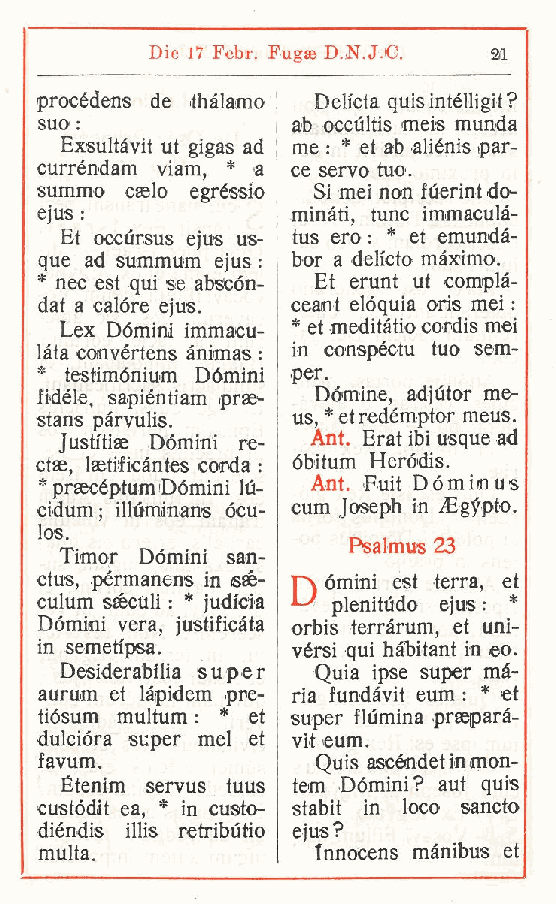
Die 17 Febr. Fugae D.N. J.C. ai
 procédens de ithàLamo Dell'età quisintélligit?
 suo :           ab occùltis meis munda
 Exsultàvit ut gigas ad me : * et ab aliénis par-
 curréndam viam * a ce servo tuo.
 ,
 summo cselo egréssio Si mei non fùerint do-
 ejus :          minati, tunc immaculà-
 Et occursus ejus us- tus ero : * et emundà-
 que ad summum ejus : bor a deh'eto màxime.
 * nec est qui se abscón- Et erunt ut complà-
 dat a calóre ejus. ceant elòquia oris mei :
 Lex Dòmini immacu- * et meditàtio cordis mei
 làta convértens ànimas : in conspéctu tuo sem-
 * testimónium Dòmini per.
 fidéle sapiéntiam iprae- Dòmine, adjùtor me-
 stans , pàrvulis. us, * et redémptor meus.
 Justitiae Domini re- Ant. Erat ibi usque ad
 ctae, laetificàntes corda : òbitum Heródis.
 * praecéptum Dòmini lii- Ant. Fuit Dóminus
 cidum; illùminans ócu- cum Joseph in Egypto.
 los.
 Psalmus 23
 Timor Dòmini san-
 ctus, pérmanens in sse- pv òmini est terra, et
 culum saéculi : * judfcia M plenitudo ejus : *
 Dòmini vera justificàta orbis terràrum, et uni-
 ,
 in semetipsa.   vèrsi qui hàbitant in eo.
 Desiderabilia super Quia ipse super ma-
 aurum et làpidem pre- ria fundàvit eum : * et
 tiòsum multum : * et super flùmina praeparà-
 dulciòra super mei et vit eum.
 favum.            Quis ascóndetinmon-
 Étenim servus tuus tem Dòmini? aut quis
 custòdit ea, * in custo- stabit in loco sancto
 diéndis illis retributio ejus?
 multa.            Innocens mànibus et